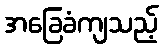
အခြေခံကျသည့်